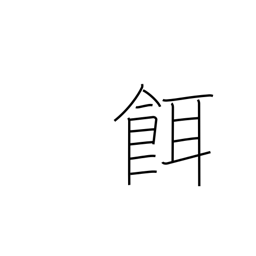
Meaning: prey